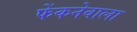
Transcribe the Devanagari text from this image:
फेंकनेवाला